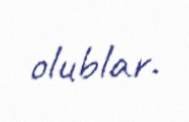
olublar.